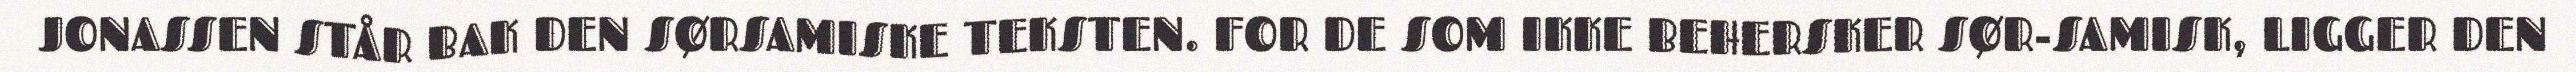
JONASSEN STÅR BAK DEN SØRSAMISKE TEKSTEN. FOR DE SOM IKKE BEHERSKER SØR-SAMISK, LIGGER DEN